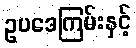
ဥပဒေကြမ်းနှင့်